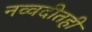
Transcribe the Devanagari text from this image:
नव्वदीतही